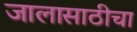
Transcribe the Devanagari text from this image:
जालासाठीचा